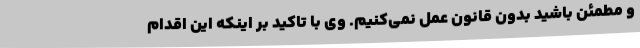
و مطمئن باشید بدون قانون عمل نمی‌کنیم. وی با تاکید بر اینکه این اقدام